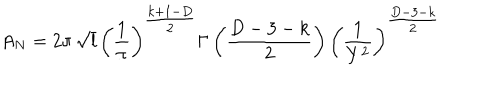
LaTeX: A _ { N } = 2 \pi \, \sqrt { l } \, \left( \frac { 1 } { \pi } \right) ^ { { \textstyle \frac { k + 1 - D } { 2 } } } \Gamma \left( \frac { D - 3 - k } { 2 } \right) \left( \frac { 1 } { Y ^ { 2 } } \right) ^ { { \textstyle \frac { D - 3 - k } { 2 } } }